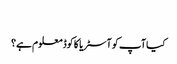
‬
‫کیا آپ کو آسٹریا کا کوڈ معلوم ہے؟